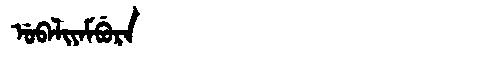
Manchu: ᡠᠪᠠᠯᡳᠶᠠᠮᠪᡠᡵᠠ
Romanization: UBALIYAMBURA